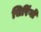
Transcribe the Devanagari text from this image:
सिरिंगो